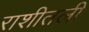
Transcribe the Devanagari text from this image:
राशीतली